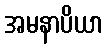
အမနာပိယာ